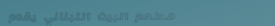
مطعم البيت اللبناني يقدم